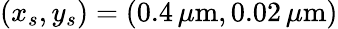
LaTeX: (x_{s},y_{s})=(0.4\, \mu\mathrm{m},0.02\, \mu\mathrm{m})